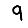
Digit: 9